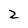
Character: 2